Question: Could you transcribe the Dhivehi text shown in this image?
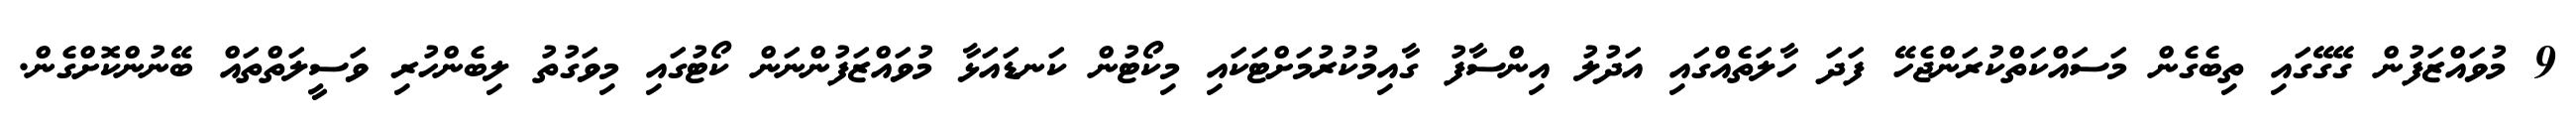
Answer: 9 މުވައްޒަފުން ގޭގޭގައި ތިބެގެން މަސައްކަތްކުރަންޖެހޭ ފަދަ ހާލަތެއްގައި އަދުލު އިންސާފު ގާއިމުކުރުމަށްޓަކައި މިކޯޓުން ކަނޑައަޅާ މުވައްޒަފުންނަން ކޯޓުގައި މިވަގުތު ލިބެންހުރި ވަސީލަތްތައް ބޭނުންކޮށްގެން.